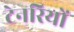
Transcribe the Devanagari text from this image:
टेनरियों